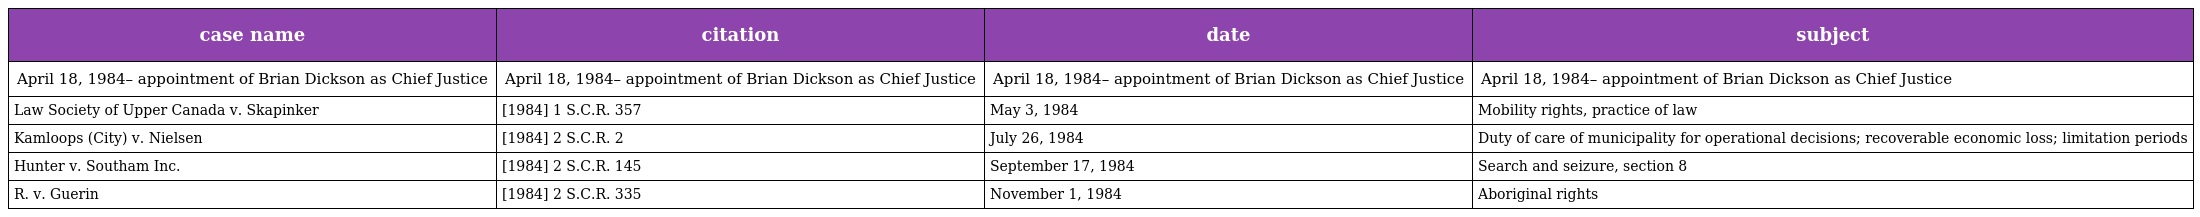
| case name | citation | date | subject |
 | --- | --- | --- | --- |
 | April 18, 1984– appointment of Brian Dickson as Chief Justice | April 18, 1984– appointment of Brian Dickson as Chief Justice | April 18, 1984– appointment of Brian Dickson as Chief Justice | April 18, 1984– appointment of Brian Dickson as Chief Justice |
 | Law Society of Upper Canada v. Skapinker | [1984] 1 S.C.R. 357 | May 3, 1984 | Mobility rights, practice of law |
 | Kamloops (City) v. Nielsen | [1984] 2 S.C.R. 2 | July 26, 1984 | Duty of care of municipality for operational decisions; recoverable economic loss; limitation periods |
 | Hunter v. Southam Inc. | [1984] 2 S.C.R. 145 | September 17, 1984 | Search and seizure, section 8 |
 | R. v. Guerin | [1984] 2 S.C.R. 335 | November 1, 1984 | Aboriginal rights |